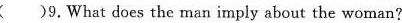
( )9.What does the man imply about the woman?